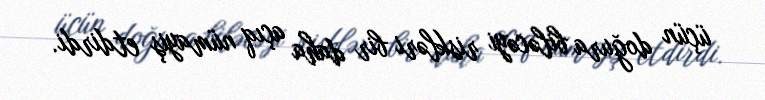
üçün doğura biləcəyi riskləri bir daha açıq nümayiş etdirdi.